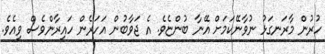
ހުރުން މާރަނގަޅު ނުވާނޭކަމަށް އޭނާ ބުންޏެވެ. އެ ޖަވާބުން އަހަރެން ހައިރާންވެސް ވިއެވެ.